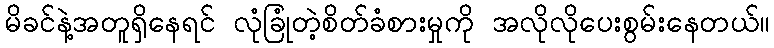
မိခင်နဲ့အတူရှိနေရင် လုံခြုံတဲ့စိတ်ခံစားမှုကို အလိုလိုပေးစွမ်းနေတယ်။